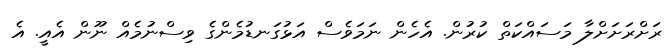
ރަށްރަށަށްލާ މަސައްކަތް ކުރުން. އެހެން ނަމަވެސް އަޅުގަނޑުމެންގެ ވިސްނުމެއް ނޫން އެއީ. އެ